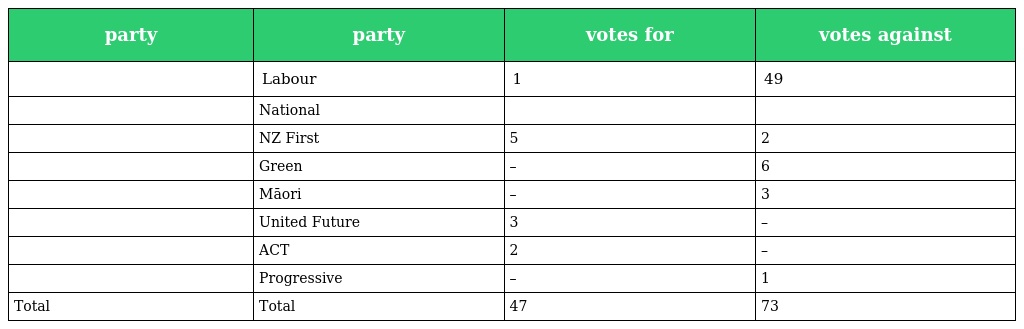
| party | party | votes for | votes against |
 | --- | --- | --- | --- |
 |  | Labour | 1 | 49 |
 |  | National |  |  |
 |  | NZ First | 5 | 2 |
 |  | Green | – | 6 |
 |  | Māori | – | 3 |
 |  | United Future | 3 | – |
 |  | ACT | 2 | – |
 |  | Progressive | – | 1 |
 | Total | Total | 47 | 73 |